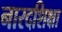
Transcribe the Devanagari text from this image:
नारदशिक्षा